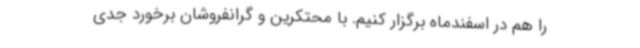
را هم در اسفندماه برگزار کنیم. با محتکرین و گرانفروشان برخورد جدی